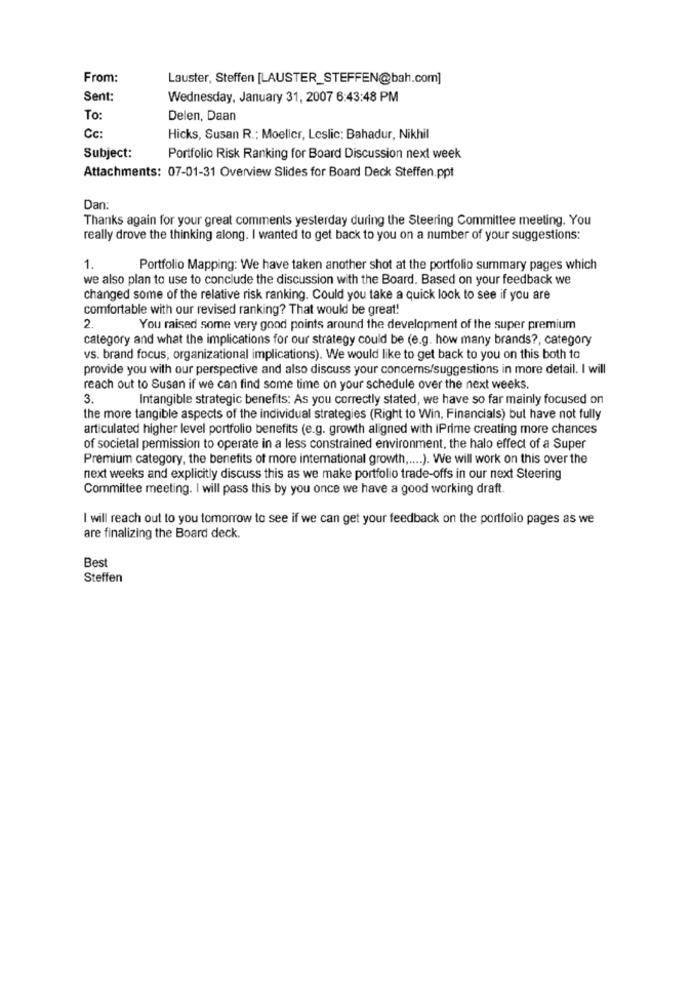
From:
Lauster, Steffen [LAUSTER_STEFFEN@bah.com]
Sent:
Wednesday, January 31, 2007 6:43:48 PM
To:
Delen, Daan
Cc:
Hicks, Susan R .: Moeller, Leslic: Bahadur, Nikhil
Subject:
Portfolio Risk Ranking for Board Discussion next week
Attachments: 07-01-31 Overview Slides for Board Deck Steffen.ppt
Dan:
Thanks again for your great comments yesterday during the Steering Committee meeting. You
really drove the thinking along. I wanted to get back to you on a number of your suggestions:
1.
Portfolio Mapping: We have taken another shot at the portfolio summary pages which
we also plan to use to conclude the discussion with the Board. Based on your feedback we
changed some of the relative risk ranking. Could you take a quick look to see if you are
comfortable with our revised ranking? That would be great!
2.
You raised some very good points around the development of the super premium
category and what the implications for our strategy could be (e.g. how many brands ?, category
vs. brand focus, organizational implications). We would like to get back to you on this both to
provide you with our perspective and also discuss your concerns/suggestions in more detail. I will
reach out to Susan if we can find some time on your schedule over the next weeks.
3.
Intangible strategic benefits: As you correctly stated, we have so far mainly focused on
the more tangible aspects of the individual strategies (Right to Win, Financials) but have not fully
articulated higher level portfolio benefits (e.g. growth aligned with iPrime creating more chances
of societal permission to operate in a less constrained environment, the halo effect of a Super
Premium category, the benefits of more international growth ,.... ). We will work on this over the
next weeks and explicitly discuss this as we make portfolio trade-offs in our next Steering
Committee meeting. I will pass this by you once we have a good working draft.
I will reach out to you tomorrow to see if we can get your feedback on the portfolio pages as we
are finalizing the Board deck.
Best
Steffen